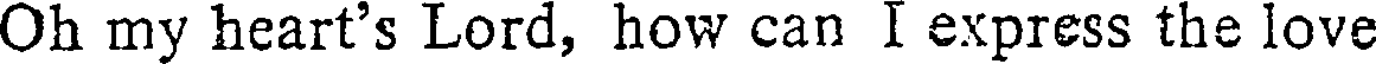
Oh my heart's Lord, how can I express the love